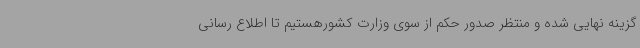
گزینه نهایی شده و منتظر صدور حکم از سوی وزارت کشورهستیم تا اطلاع رسانی